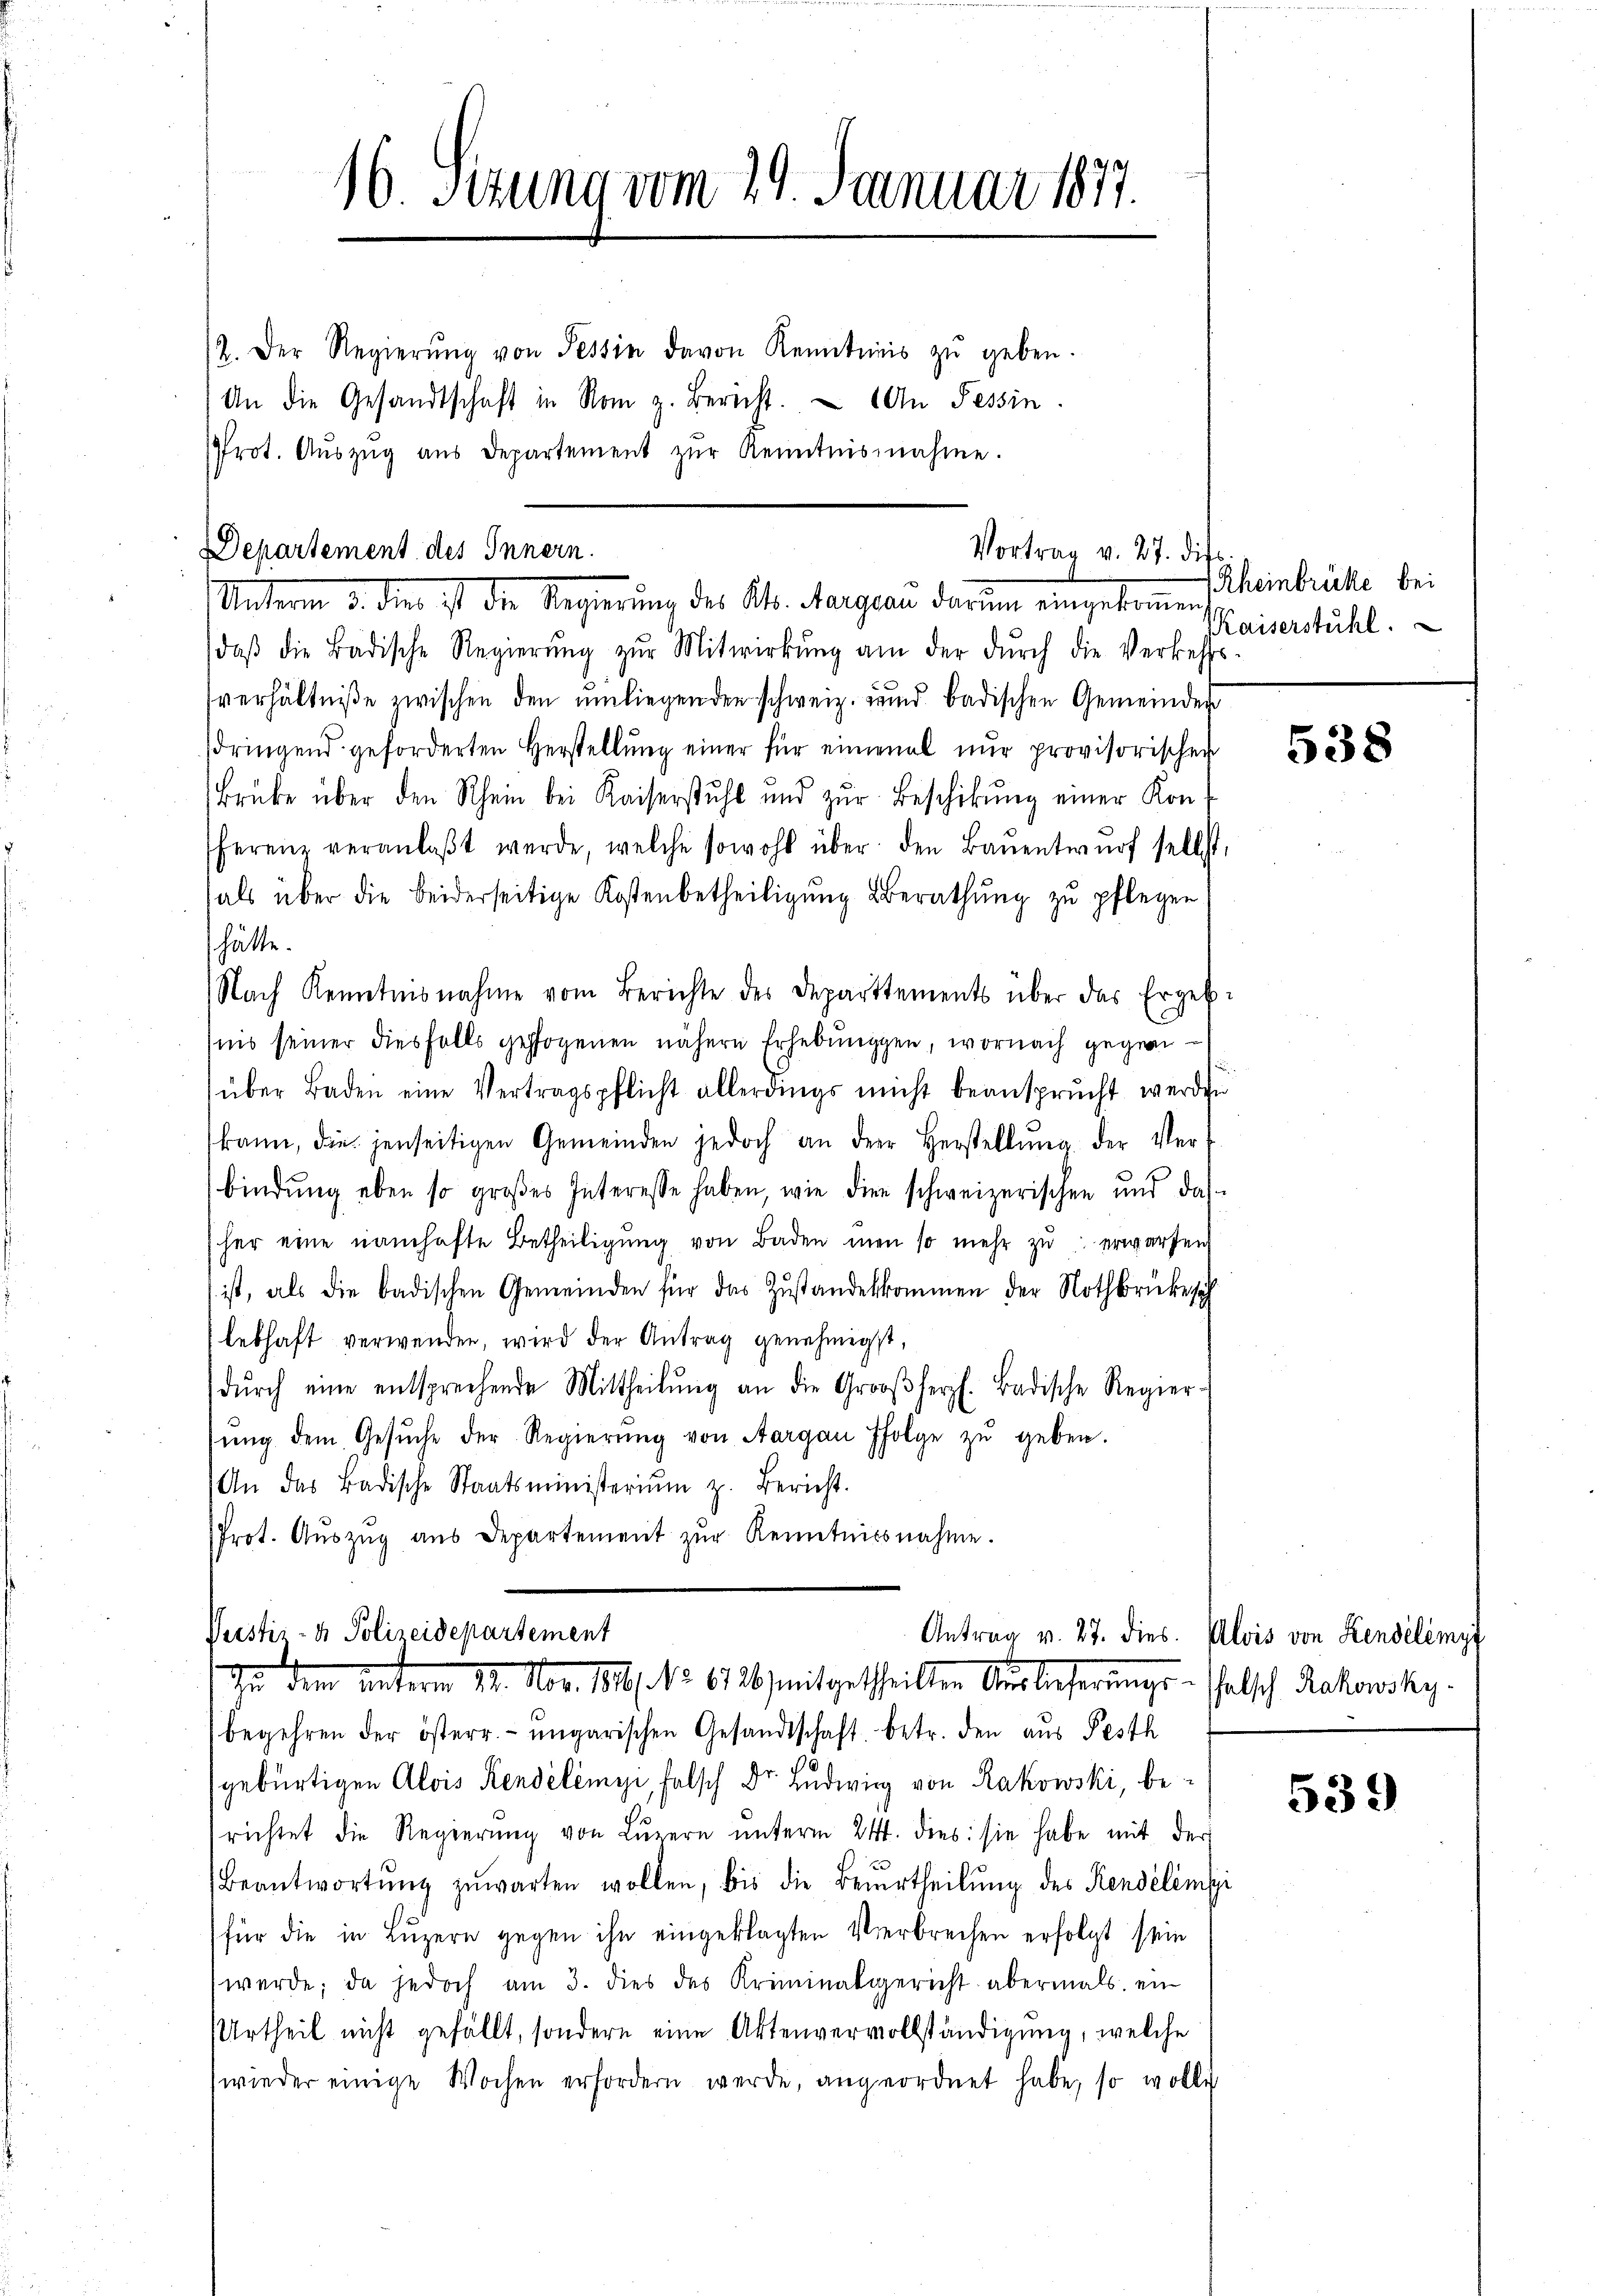
16 Sizung vom 29. Januar 1877.

12. Der Regierŭng von Tessin davon Kenntnis zŭ geben.
An die Gesandtschaft in Rom z. Bericht. An Tessin.
Prot. Aŭszŭg aŭs Departement zŭr Kenntnisnahme.

Departement des Innern.
Vortrag v. 27. dif
Unterm 3. den ist der Regierung des Alb. Morgen darum eingekommen

daβ die Badische Regierŭng zŭr Mitwirkŭng am der dŭrch die Verkehrs
verhältniße zwischen den umliegenden schweiz. Bund badischen Gemeinden
dringend geforderten Herstellŭng einer für einmal nur provisorischer
Brüke über den Rhein bei Kaiserstuhl und zŭr Beschikung einer Kon-
fferene veranlaβt werde, welche sowohl über den Baŭentwŭrf selbst,
als über die beiderseitige Kostenbetheiligŭng Berathŭng zŭ pflegen
hätte.
Nach Kenntnisnahme vom Berichte des Departtements über das Ergeb-
fnis seiner diesfalls gepfogenen nähere Erhebungen, wornach gegenüber Baden eine Vertragspflicht allerdings nicht beansprucht werden
kann, die jenseitigen Gemeinden jedoch an der Herstellŭng der Ver-
bindung eben so großes Interesse haben, wie die schweizerischen und das
her eine namhafte Betheiligung von Baden man so mehr zu erwarten
 ist, als die badischen Gemeinden für das Zŭstandeskommen der Nothbrücke seh
lebhaft verwenden, wird der Antrag genehmigt,
dŭrch eine entsprechende Mittheilŭng an die Großherzl. Badische Regier-
sŭng dem Gesŭche der Regierŭng von Aargau folge zŭ geben.
An das Badische Staatsministeriŭm z. Bericht.
Prot. Aŭszŭg aŭs Departement zŭr Kenntnisnahme.

Verstiz- & Polizeidepartement
Antrag v. 27. dies
In dem unterm 14. Nov. 1811. No. 6726) mitgetheilten Auslieferungs-Thalsch Rakowsky.

begehren der österr. ungarischen Gesandtschaft betr. den aus Pesth
e
gebürtigen Alois Rendélémyi, falsch Dr. Ludwig von Rakowski, berichtet die Regierŭng von Lŭzern ŭnterm 24. dies sie habe mit der
Beantwortŭng zŭwarten wollen, bis die Beurtheilŭng des Rendélimi
für die in Luzern gegen ihn eingeklagten Verbrechen erfolgt sein
werde; da jedoch am 3. dies des Kriminalgericht abermals ein
Urtheil nicht gefällt, sondern eine Aktenvervollständigung, welche
wieder einige Wochen erfordern werde, angeordnet habe, so wolle

Rheinbrücke bei
Kaiserstuhl.

538

Alois von Kendélimit

539